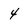
Character: 4